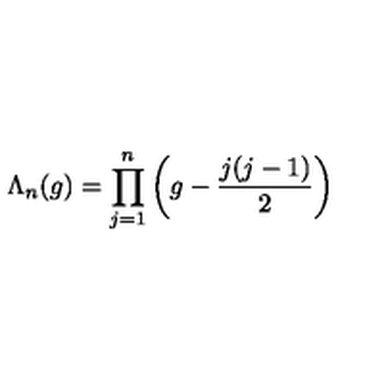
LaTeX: \Lambda _ { n } ( g ) = \prod _ { j = 1 } ^ { n } \left( g - \frac { j ( j - 1 ) } { 2 } \right)